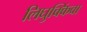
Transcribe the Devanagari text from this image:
लिघुक्किंवा